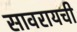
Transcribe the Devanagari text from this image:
सावरायची